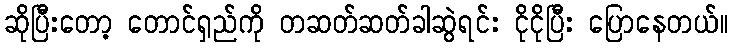
ဆိုပြီးတော့ တောင်ရှည်ကို တဆတ်ဆတ်ခါဆွဲရင်း ငိုငိုပြီး ပြောနေတယ်။